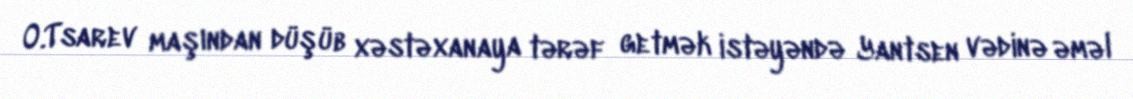
O.Tsarev maşından düşüb xəstəxanaya tərəf getmək istəyəndə Yantsen vədinə əməl